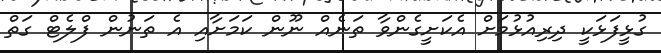
ގުޅީފަޅަކީ ދިރިއުޅުމަށް އެކަށީގެންވާ ތަނެއް ނޫން ކަަމަށާއި އެ ތަނުން ފްލެޓް ގަތް